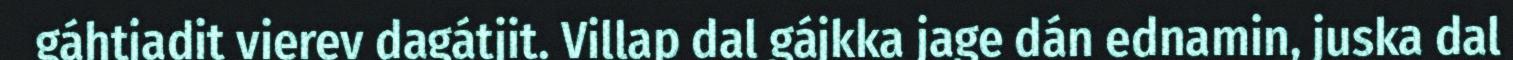
gáhtjadit vierev dagátjit. Villap dal gájkka jage dán ednamin, juska dal